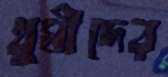
খুমীদের